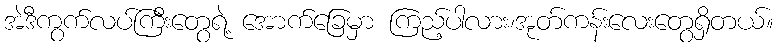
အဲဒီကွက်လပ်ကြီးတွေရဲ့ အောက်ခြေမှာ ကြည့်ပါလား၊အုတ်ကန်းလေးတွေရှိတယ်။